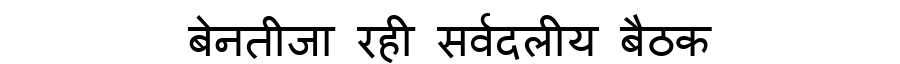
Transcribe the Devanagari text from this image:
बेनतीजा रही सर्वदलीय बैठक